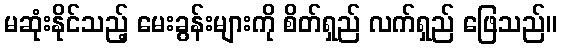
မဆုံးနိုင်သည့် မေးခွန်းများကို စိတ်ရှည် လက်ရှည် ဖြေသည်။